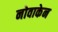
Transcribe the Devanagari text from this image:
नोवाकेन